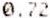
0.72